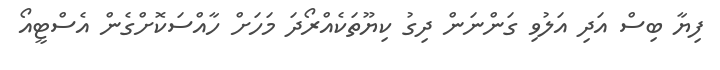
ފިޔާ ބިސް އަދި އަލުވި ގަންނަން ދިގު ކިޔޫތަކެއްރޯދަ މަހަށް ހާއްސަކޮށްގެން އެސްޓީއޯ